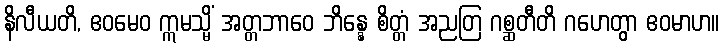
နိလီယတိ, ဧဝမေဝ ဣမသ္မိံ အတ္တဘာဝေ ဘိန္နေ စိတ္တံ အညတြ ဂစ္ဆတီတိ ဂဟေတွာ ဧဝမာဟ။